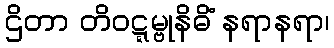
ဌိတာ တိဝဋ္ဋမ္ဗုနိဓိံ နရာနရာ၊